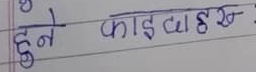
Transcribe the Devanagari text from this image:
हुने फाइदाहरू :